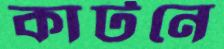
কার্টনে